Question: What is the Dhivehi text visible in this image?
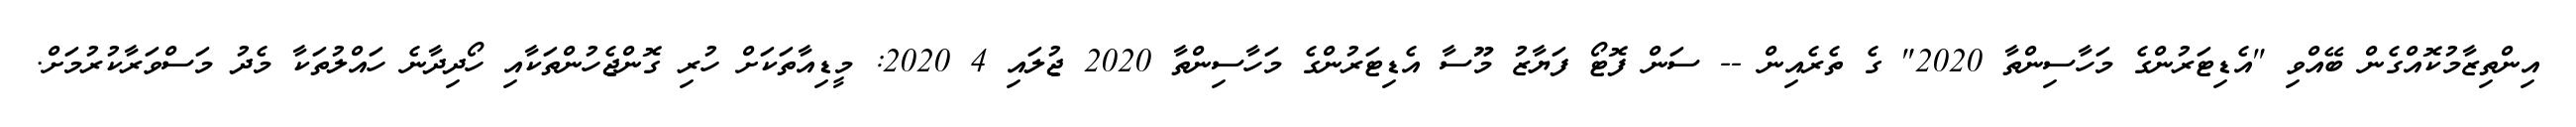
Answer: އިންތިޒާމުކޮއްގެން ބޭއްވި "އެޑިޓަރުންގެ މަހާސިންތާ 2020" ގެ ތެރެއިން -- ސަން ފޮޓޯ ފަޔާޒު މޫސާ އެޑިޓަރުންގެ މަހާސިންތާ 2020 ޖުލައި 4 2020: މީޑިއާތަކަށް ހުރި ގޮންޖެހުންތަކާއި ހޯދިދާނެ ހައްލުތަކާ މެދު މަސްވަރާކުރުމަށް.